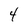
Character: 4